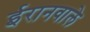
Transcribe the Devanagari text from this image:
ईरानवाले